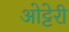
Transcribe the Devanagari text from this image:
ओट्टेरी